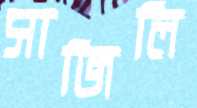
সাজিলি